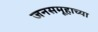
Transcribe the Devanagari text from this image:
जनसमूहाच्या